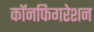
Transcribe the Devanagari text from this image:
कॉनफिगरेशन